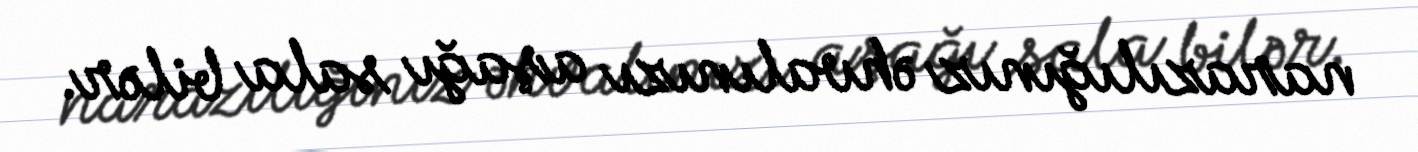
narazılığınız əhvalınızı aşağı sala bilər.